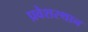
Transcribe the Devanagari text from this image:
प्रवेशस्थान